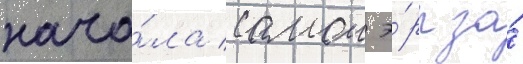
нача́ла самои э́ры за́